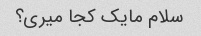
سلام مایک کجا میری؟